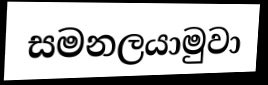
සමනලයාමුවා